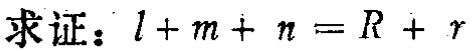
求证：\(l + m + n = R + r\)